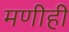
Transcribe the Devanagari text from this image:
मणीही